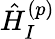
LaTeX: \hat{H}_{I}^{(p)}